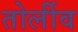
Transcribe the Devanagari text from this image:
तोर्लीव